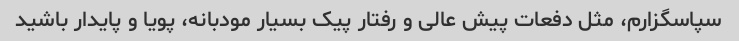
سپاسگزارم‌، مثل دفعات پیش عالی و رفتار پیک بسیار مودبانه، پویا و پایدار باشید